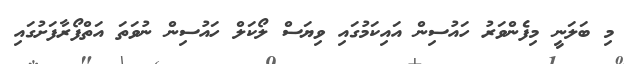
މި ބަލަނީ މިފެންވަރު ހައުސިން އައިކަމުގައި ވިޔަސް ލޯކަލް ހައުސިން ނުވަތަ އަތްފޯރާފަށުގައި